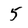
Character: 5